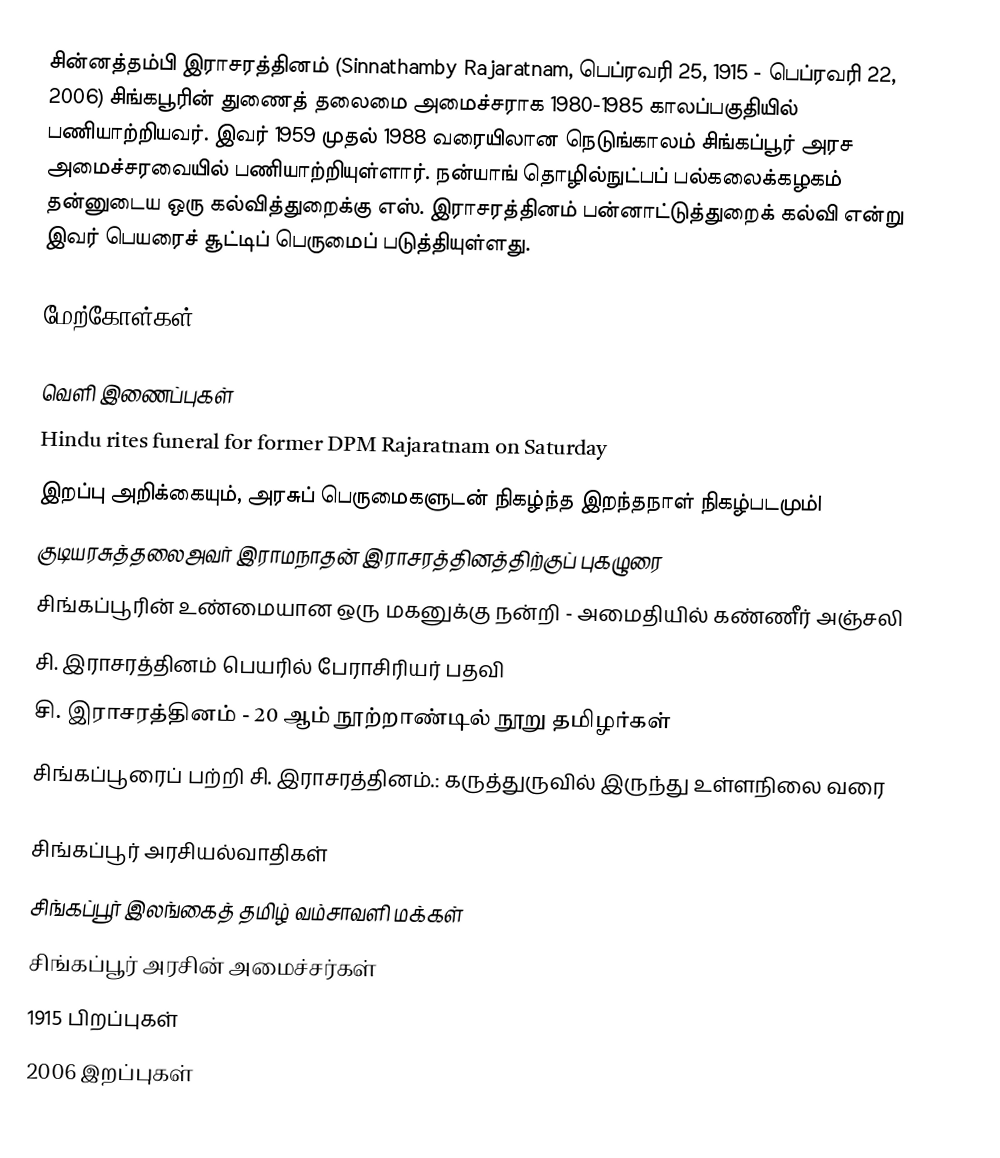
சின்னத்தம்பி இராசரத்தினம் (Sinnathamby Rajaratnam, பெப்ரவரி  25, 1915 - பெப்ரவரி 22, 2006) சிங்கபூரின் துணைத் தலைமை அமைச்சராக 1980-1985 காலப்பகுதியில் பணியாற்றியவர். இவர் 1959 முதல் 1988 வரையிலான நெடுங்காலம் சிங்கப்பூர் அரச அமைச்சரவையில் பணியாற்றியுள்ளார்.  நன்யாங் தொழில்நுட்பப் பல்கலைக்கழகம் தன்னுடைய ஒரு கல்வித்துறைக்கு எஸ். இராசரத்தினம் பன்னாட்டுத்துறைக் கல்வி என்று இவர் பெயரைச் சூட்டிப் பெருமைப் படுத்தியுள்ளது.

மேற்கோள்கள்

வெளி இணைப்புகள்
 Hindu rites funeral for former DPM Rajaratnam on Saturday
 இறப்பு அறிக்கையும், அரசுப் பெருமைகளுடன் நிகழ்ந்த இறந்தநாள் நிகழ்படமும்l
 குடியரசுத்தலைஅவர் இராமநாதன் இராசரத்தினத்திற்குப் புகழுரை
 சிங்கப்பூரின் உண்மையான ஒரு மகனுக்கு நன்றி - அமைதியில் கண்ணீர் அஞ்சலி
 சி. இராசரத்தினம் பெயரில் பேராசிரியர் பதவி
 சி. இராசரத்தினம் - 20 ஆம் நூற்றாண்டில் நூறு தமிழர்கள்
 சிங்கப்பூரைப் பற்றி சி. இராசரத்தினம்.: கருத்துருவில் இருந்து உள்ளநிலை வரை

சிங்கப்பூர் அரசியல்வாதிகள்
சிங்கப்பூர் இலங்கைத் தமிழ் வம்சாவளி மக்கள்
சிங்கப்பூர் அரசின் அமைச்சர்கள்
1915 பிறப்புகள்
2006 இறப்புகள்